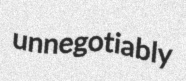
unnegotiably